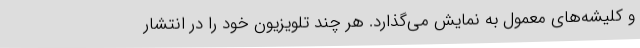
و کلیشه‌های معمول به نمایش می‌گذارد. هر چند تلویزیون خود را در انتشار